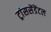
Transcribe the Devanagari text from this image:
ट्रांससेंडेंटल